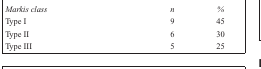
| Markis class | n | % |
 | --- | --- | --- |
 | Type I | 9 | 45 |
 | Type II | 6 | 30 |
 | Type III | 5 | 25 |